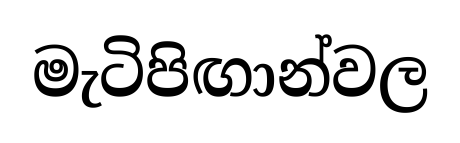
මැටිපිඟාන්වල